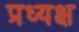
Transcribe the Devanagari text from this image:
प्रध्यक्ष